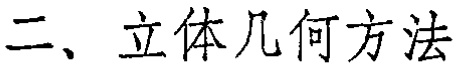
二、立体几何方法